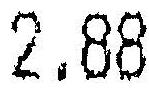
2.88